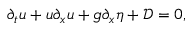
\partial _ { t } u + u \partial _ { x } u + g \partial _ { x } \eta + \mathcal { D } = 0 ,